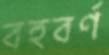
বহুবর্ণ